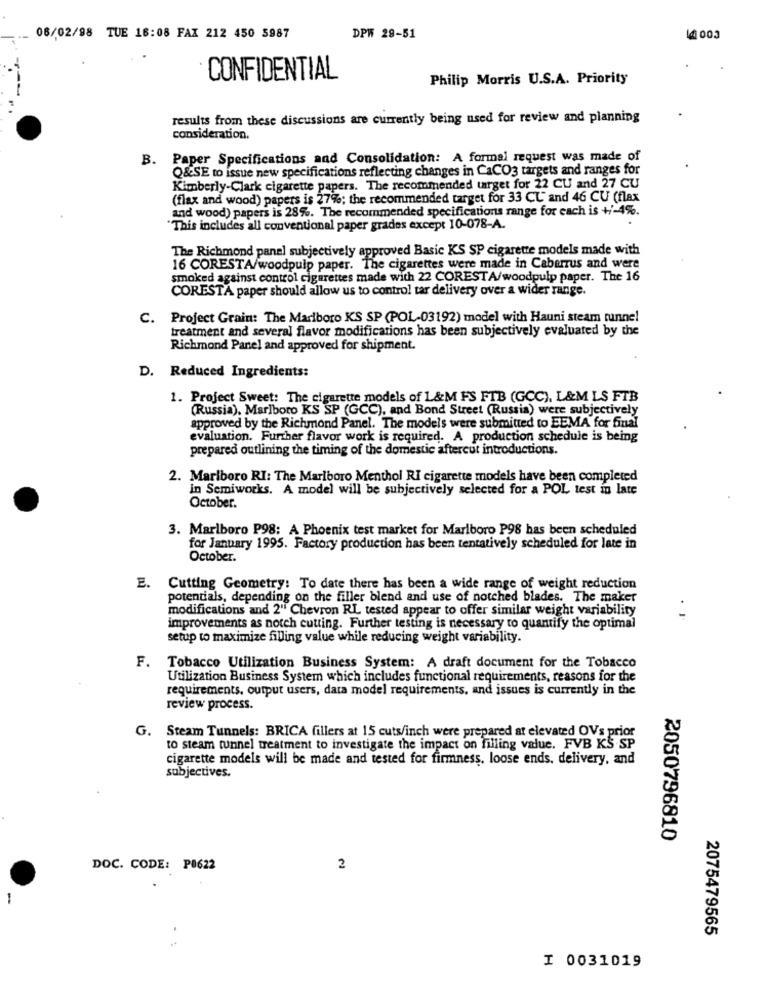
08/02/98 TUE 16:08 FAX 212 450 5987
DPW 29-51
14 003
CONFIDENTIAL
Philip Morris U.S.A. Priority
----
results from these discussions are currently being used for review and planning
consideration.
B.
Paper Specifications and Consolidation: A formal request was made of
Q&SE to issue new specifications reflecting changes in CaCO3 targets and ranges for
Kimberly-Clark cigarette papers. The recommended target for 22 CU and 27 CU
(flax and wood) papers is 27%; the recommended target for 33 CL and 46 CU (flax
and wood) papers is 28%. The recommended specifications range for each is +/-4%.
"This includes all conventional paper grades except 10-078-A.
The Richmond panel subjectively approved Basic KS SP cigarette models made with
16 CORESTA/woodpulp paper. The cigarettes were made in Cabarrus and were
smoked against control cigarettes made with 22 CORESTA/woodpulp paper. The 16
CORESTA paper should allow us to control tar delivery over a wider range.
C. Project Grain: The Marlboro KS SP (POL-03192) model with Hauni steam tunnel
treatment and several flavor modifications has been subjectively evaluated by the
Richmond Panel and approved for shipment.
D. Reduced Ingredients:
1. Project Sweet: The cigarette models of 1&M FS FTB (GCC), L&M LS FTB
(Russia), Marlboro KS SP (GCC), and Bond Street (Russia) were subjectively
approved by the Richmond Panel. The models were submitted to EEMA for final
evaluation. Further flavor work is required. A production schedule is being
prepared outlining the timing of the domestic aftercut introductions.
2. Marlboro RI: The Marlboro Menthol RI cigarette models have been completed
in Semiworks. A model will be subjectively selected for a POL test in late
October.
3. Marlboro P98: A Phoenix test market for Marlboro P98 has been scheduled
for January 1995. Factory production has been tentatively scheduled for late in
October.
E.
Cutting Geometry: To date there has been a wide range of weight reduction
potentials, depending on the filler blend and use of notched blades. The maker
modifications and 2" Chevron RL tested appear to offer similar weight variability
improvements as notch cutting. Further testing is necessary to quantify the optimal
setup to maximize filling value while reducing weight variability.
F. Tobacco Utilization Business System: A draft document for the Tobacco
Utilization Business System which includes functional requirements, reasons for the
requirements, output users, data model requirements, and issues is currently in the
review process.
G. Steam Tunnels: BRICA fillers at 15 cuts/inch were prepared at elevated OVs prior
to steam tunnel treatment to investigate the impact on filling value. FVB KS SP
cigarette models will be made and tested for firmness, loose ends, delivery, and
subjectives.
2050796810
DOC. CODE: P0622
2
-
2075479565
I 0031019